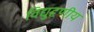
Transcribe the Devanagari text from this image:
विद्युदृणीय